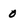
Character: 0